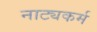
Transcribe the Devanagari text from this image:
नाट्यकर्म